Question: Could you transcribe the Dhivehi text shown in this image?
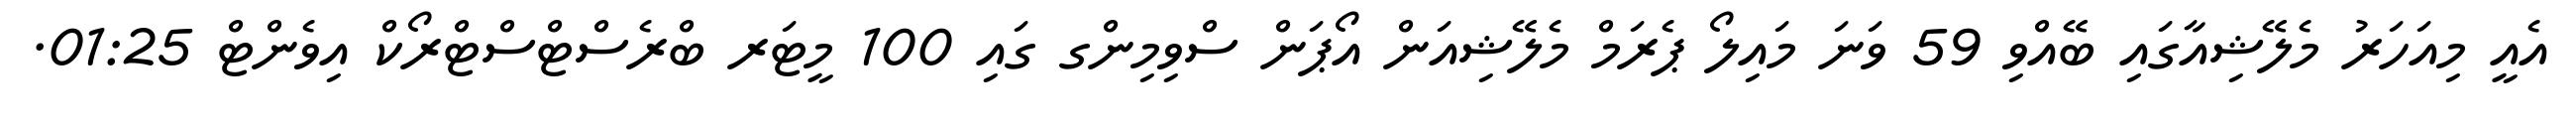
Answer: އެއީ މިއަހަރު މެލޭޝިއާގައި ބޭއްވި 59 ވަނަ މައިލޯ ޕެރަމް މެލޭޝިއަން އޯޕަން ސްވިމިންގ ގައި 100 މީޓަރ ބްރެސްޓްސްޓްރޯކް އިވެންޓް 01:25.